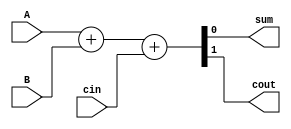



module full_adder
(
    input A,
    input B,
    input cin,
    output wire sum,
    output wire cout
 );
 
 
  assign {cout,sum} = A + B + cin; 
 
endmodule